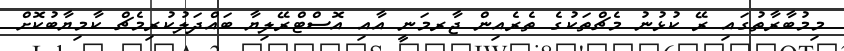
މިމުބާރާތުގައި ރޭ ކުޅުނު މެޗްތަކުގެ ތެރެއިން ޖާރމަނީ އާއި އޮސްޓްރޭލިޔާ ބައްދަލުކުރިމެޗް ކާމިޔާބުކޮށް